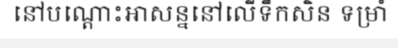
នៅបណ្តោះអាសន្ននៅលើទឹកសិន ទម្រាំ